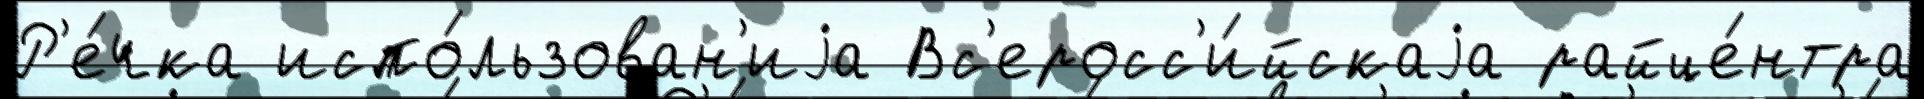
Р'е́чка испо́льзован'иjа Вс'еросс'и́йскаjа райце́нтра